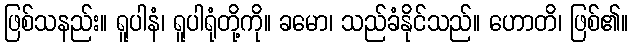
ဖြစ်သနည်း။ ရူပါနံ၊ ရူပါရုံတို့ကို။ ခမော၊ သည်ခံနိုင်သည်။ ဟောတိ၊ ဖြစ်၏။